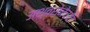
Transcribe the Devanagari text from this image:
अश्वसेनेच्या